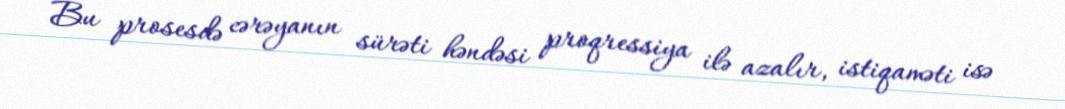
Bu prosesdə cərəyanın sürəti həndəsi proqressiya ilə azalır, istiqaməti isə